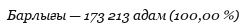
Барлығы — 173 213 адам (100,00 %)